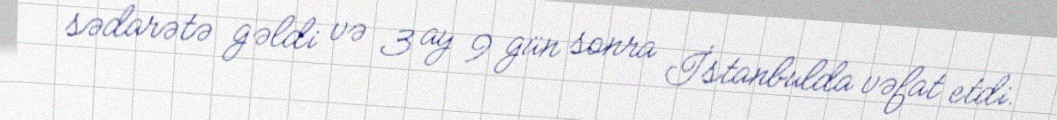
sədarətə gəldi və 3 ay 9 gün sonra İstanbulda vəfat etdi.